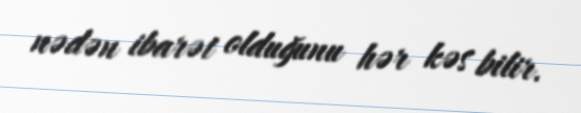
nədən ibarət olduğunu hər kəs bilir.